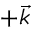
+ \vec { k }